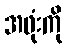
အဖုံးကို